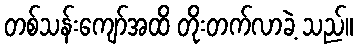
တစ်သန်းကျော်အထိ တိုးတက်လာခဲ့ သည်။